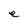
Character: e